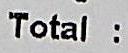
TOTAL :